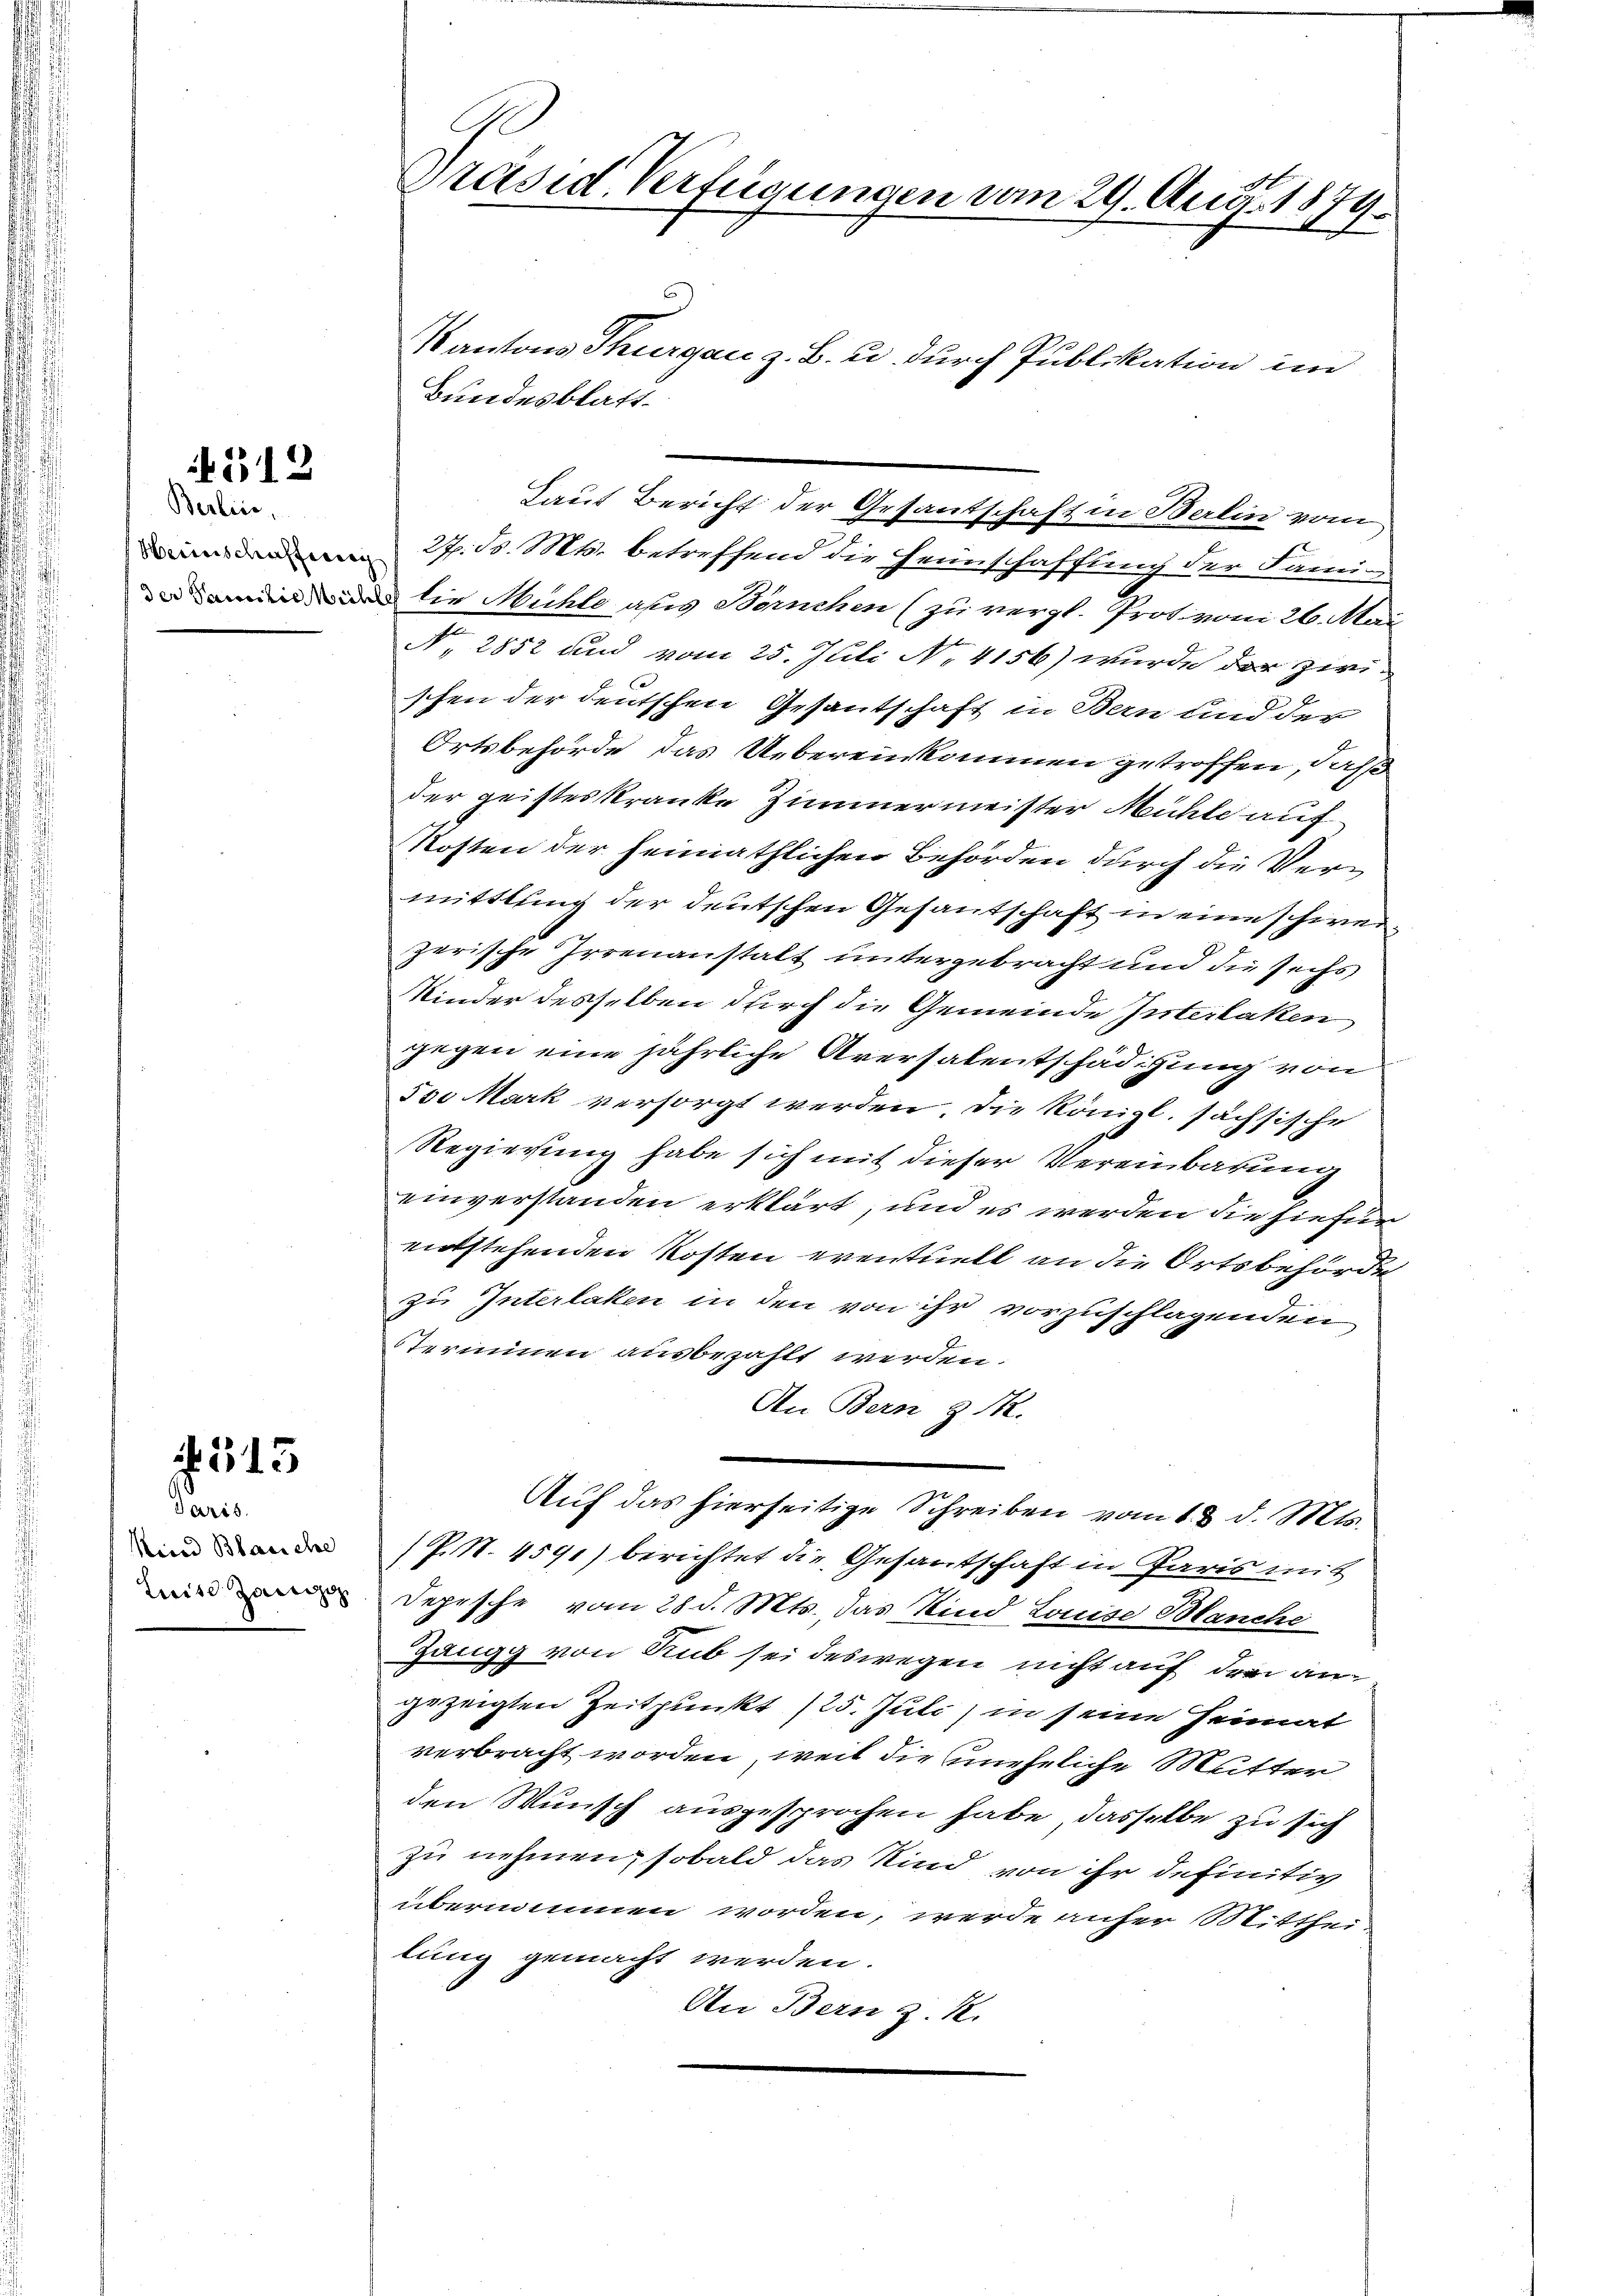
Berlin,

312

Paris.
Rirad Blasiche
Luise Zei

245.

Präsid. Verfügungen vom 29. Aug. 1879.

6
Kantons Thurgau z. B. u. durch Publikation im
Bundesblatt.
27. B. Mts. betreffend die Heimschaffung der Fami-
 die Mühle aus Börnchen (zu vergl. Prot von 26. Mai
N. 2852 und vom 25. Juli No 4156) wurde der zwi-
2 x
schen der deutschen Gesantschaft in Bern und der
Ortsbehörde das Uebereinkommen getroffen, daß
der geisteskranke Zimmermeister Mühle auf
Kosten der heimathlichen Behörden durch die Vermittlung der deutschen Gesantschaft in eine schwerzerische Irrenanstalt untergebracht und die sechs
Kinder desselben durch die Gemeinde Interlaken
gegen eine jährliche Aversalentschädigung von
Isi Mark versorgt werden. Die Königl. sächsische
Regierung habe sich mit dieser Vereinbarung
einverstanden erklärt, und es werden die hiefür
entstehenden Kosten eventuell an die Ortsbehörde
zu Interlaken in den von ihr vorzuschlagenden
Terminen ausbezahlt werden.
An Bern § 1.
Auf das hierseitige Schreiben vom 13. d. Mts.
P.N. 4591) berichtet die Gesandtschaft in Paris mit
Depesche vom 28 d. Mts., das Kind Lause Blanche
Jängg von Rub sei deswegen nicht auf drei angezeigten Zeitpunkt (25. Juli) in seine Heimat
verbracht worden, weil die uneheliche Mutter
den Wunsch ausgesprochen habe, dasselbe zu sich
zu nehmen, sobald das Kind von ihr definitiv
übernommen worden, werde anher Mitthei-
lung gemacht werden.
An Bern z. R.

Laut Bericht der Gesantschaft in Berlin vom